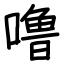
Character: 噜